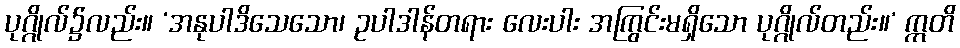
ပုဂ္ဂိုလ်၌လည်း။ ‘အနုပါဒိသေသော၊ ဥပါဒါန်တရား လေးပါး အကြွင်းမရှိသော ပုဂ္ဂိုလ်တည်း။’ ဣတိ